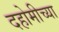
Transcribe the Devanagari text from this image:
दहोमीच्या